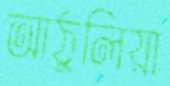
আঠুলিয়া